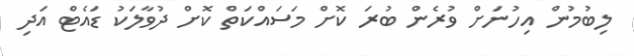
ލިބުމުން އިހުނަށް ވުރެން ބުރަ ކޮށް މަސައްކަތް ކޮށް ދުވާލަކު ޑައެޓް އަދި